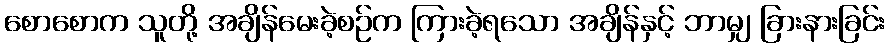
စောစောက သူတို့ အချိန်မေးခဲ့စဉ်က ကြားခဲ့ရသော အချိန်နှင့် ဘာမျှ ခြားနားခြင်း